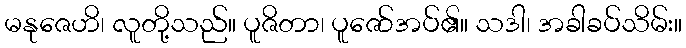
မနုဇေဟိ၊ လူတို့သည်။ ပူဇိတာ၊ ပူဇော်အပ်၏။ သဒါ၊ အခါခပ်သိမ်း။